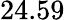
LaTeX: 24.59